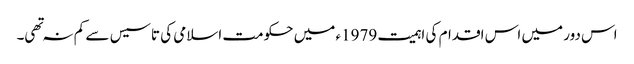
اس دور میں اس اقدام کی اہمیت 1979ء میں حکومت اسلامی کی تاسیس سے کم نہ تهی۔